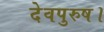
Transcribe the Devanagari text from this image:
देवपुरुष।